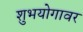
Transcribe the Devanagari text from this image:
शुभयोगावर